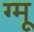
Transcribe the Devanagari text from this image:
ग्‍मू